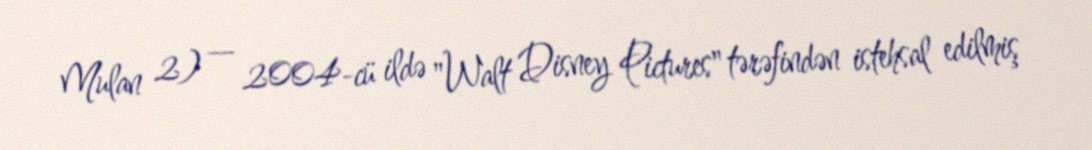
Mulan 2) — 2004-cü ildə "Walt Disney Pictures" tərəfindən istehsal edilmiş